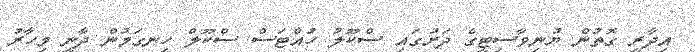
އިދާރީ ގޮތުން ޔުނިވާސިޓީގެ ދަށުގައި ސްކޫލު ހުއްޓަސް ސްކޫލް ހިނގަމުން ދާނީ މިހާރު